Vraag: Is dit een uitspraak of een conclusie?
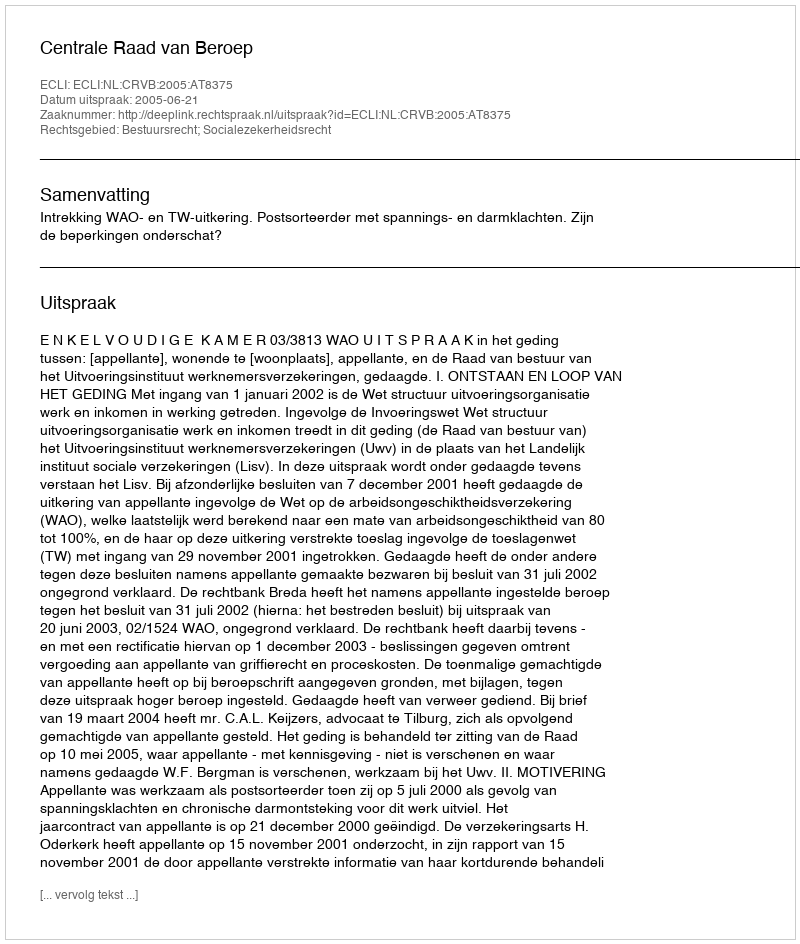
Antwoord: Uitspraak